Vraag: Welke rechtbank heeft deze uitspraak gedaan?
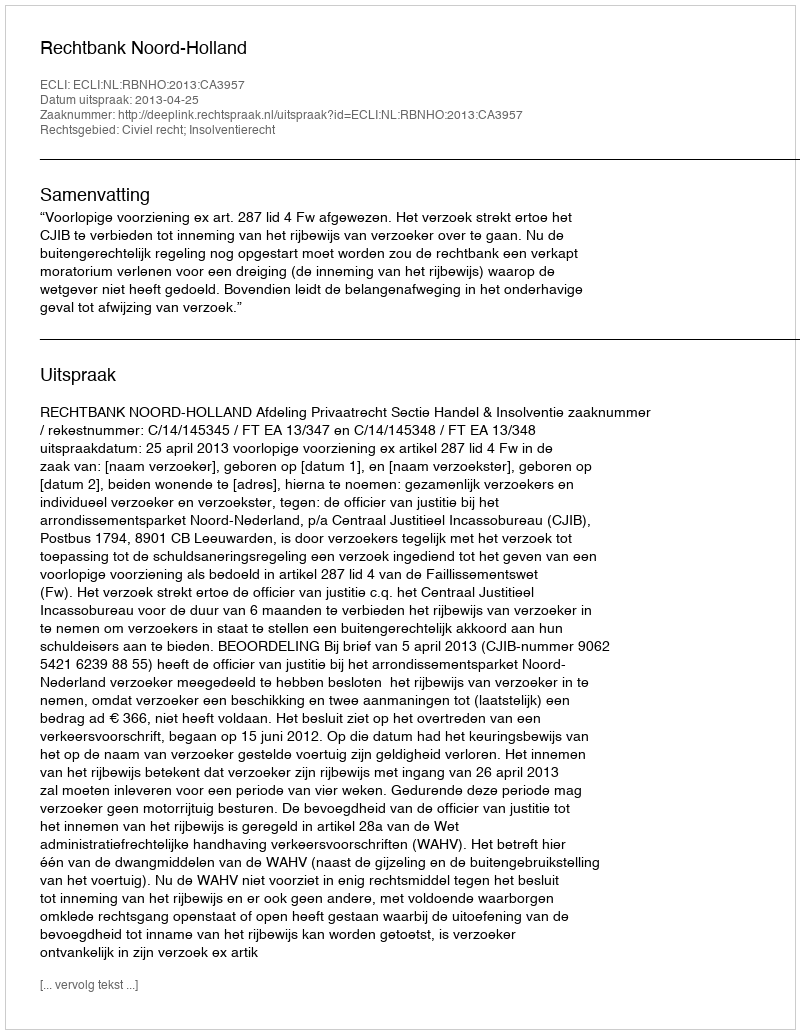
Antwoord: Rechtbank Noord-Holland